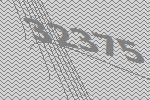
32375